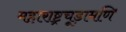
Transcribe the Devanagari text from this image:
महाराष्ट्रचूड़ामणि